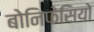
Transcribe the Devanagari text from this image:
बोनिफेसियो